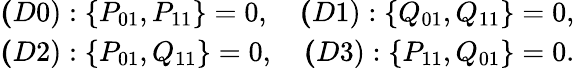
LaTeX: \begin{array}{r}{{\mathbf(D0)}:\{ P_{01},P_{11}\} =0,~~~~{\mathbf(D1)}:\{ Q_{01},Q_{11}\} =0,}\\ {{\mathbf(D2)}:\{ P_{01},Q_{11}\} =0,~~~~{\mathbf(D3)}:\{ P_{11},Q_{01}\} =0.}\end{array}